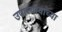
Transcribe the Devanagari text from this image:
उपाध्यायांच्या